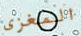
المغزى